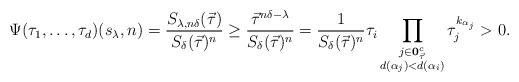
LaTeX: \begin{align*}\Psi(\tau_{1},\dots,\tau_{d})(s_{\lambda},n)=\frac{S_{\lambda,n\delta}(\vec{\tau})}{S_{\delta}(\vec{\tau})^{n}}\geq\frac{\vec{\tau}^{n\delta-\lambda}}{S_{\delta}(\vec{\tau})^{n}}=\frac{1}{S_{\delta}(\vec{\tau})^{n}}\tau_{i}\prod_{\substack{j\in\mathbf{0}_{\vec{\tau}}^{c}\\d(\alpha_{j})<d(\alpha_{i})}}\tau_{j}^{k_{\alpha_{j}}}>0.\end{align*}